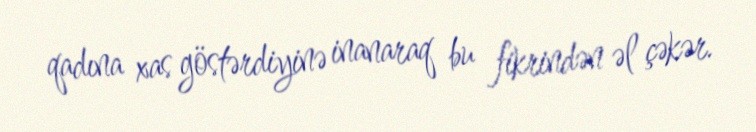
qadına xas göstərdiyinə inanaraq bu fikrindən əl çəkər.